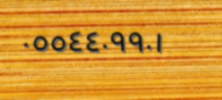
٠٥٥٤٤٠٩٩٠١